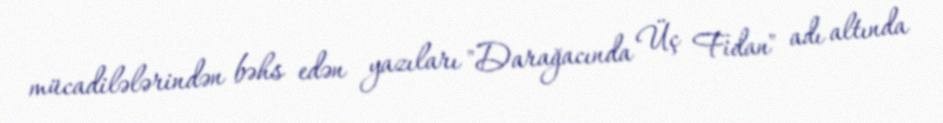
mücadilələrindən bəhs edən yazıları "Darağacında Üç Fidan" adı altında